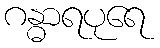
ဂန္ဓာရပုရေ